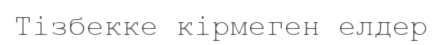
Тізбекке кірмеген елдер